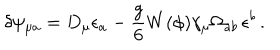
\delta \psi _ { \mu a } = D _ { \mu } \epsilon _ { a } - \frac { g } { 6 } W ( \phi ) \gamma _ { \mu } \Omega _ { a b } \, \epsilon ^ { b } \, .